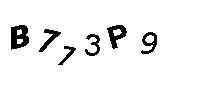
B773P9